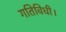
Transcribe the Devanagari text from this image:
गतिविधी।